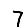
Digit: 7